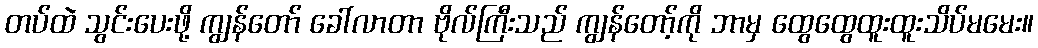
တပ်ထဲ သွင်းပေးဖို့ ကျွန်တော် ခေါ်လာတာ ဗိုလ်ကြီးသည် ကျွန်တော့်ကို ဘာမှ ထွေထွေထူးထူးသိပ်မမေး။